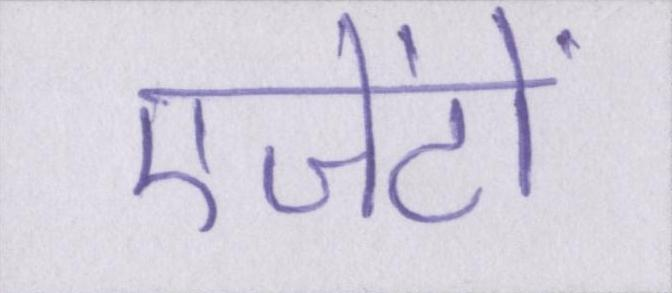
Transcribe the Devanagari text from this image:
एजेंटों